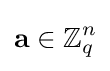
\mathbf {a} \in \mathbb {Z} _{q}^{n}